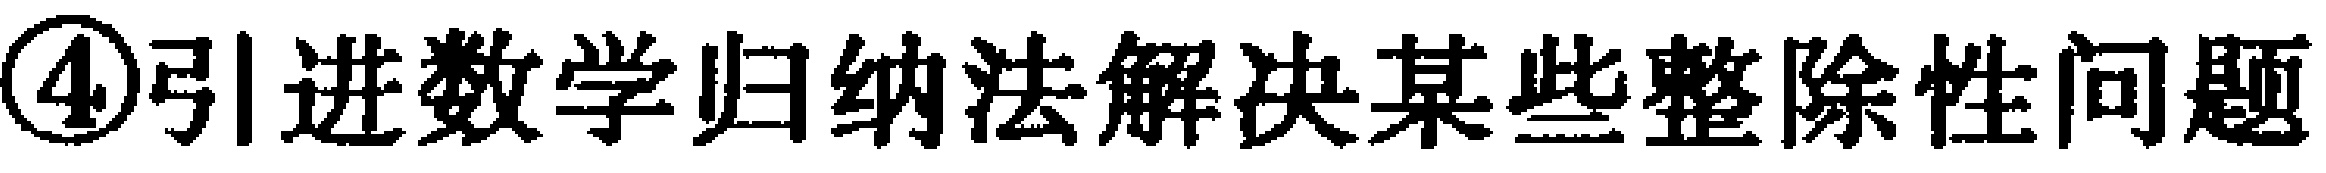
\textcircled{4}引进数学归纳法解决某些整除性问题